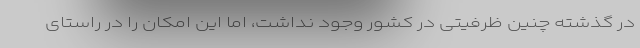
در گذشته چنین ظرفیتی در کشور وجود نداشت، اما این امکان را در راستای